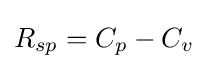
R_{sp}={C_{p}-C_{v}}